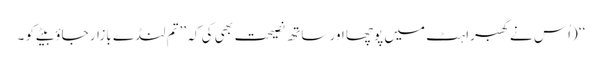
‘‘ (اُس نے گھبراہٹ میں پوچھا اور ساتھ نصیحت بھی کی کہ ’’تم لنڈے بازار جاؤ بیٹے کو ۔